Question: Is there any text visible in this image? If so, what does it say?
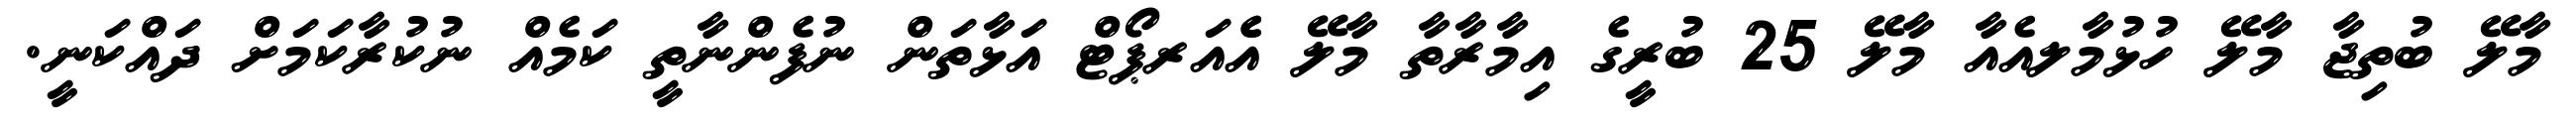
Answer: މާލޭ ބުތިޖާ މާލޭ ހުޅުމާލއެއާ މާލޭ 25 ބުރީގެ އިމާރާތާ މާލޭ އެެއަރޕޯޓް އަޅާތަން ނުފެންނާތީ ކަމެއް ނުކުރާކަމަށް ދައްކަނީ.